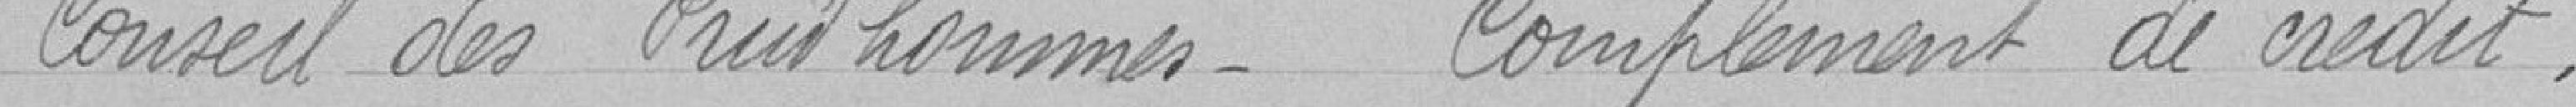
Conseil des Prud'hommes    Complément de crédit